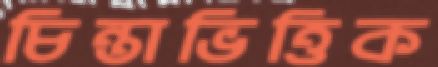
চিন্তাভিত্তিক